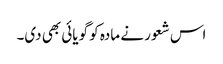
اس شعور نے مادہ کو گویائی بھی دی۔